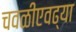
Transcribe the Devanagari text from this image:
चवळीएवढ्या